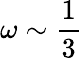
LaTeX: \omega\sim\frac{1}{3}